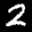
Label: 2